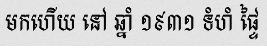
មកហើយ នៅ ឆ្នាំ ១៩៣១ ទំហំ ផ្ទៃ